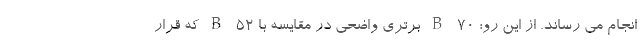
انجام می رساند. از این رو؛ B-70 برتری واضحی در مقایسه با B-52 که قرار